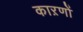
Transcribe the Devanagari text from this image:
काऱणों